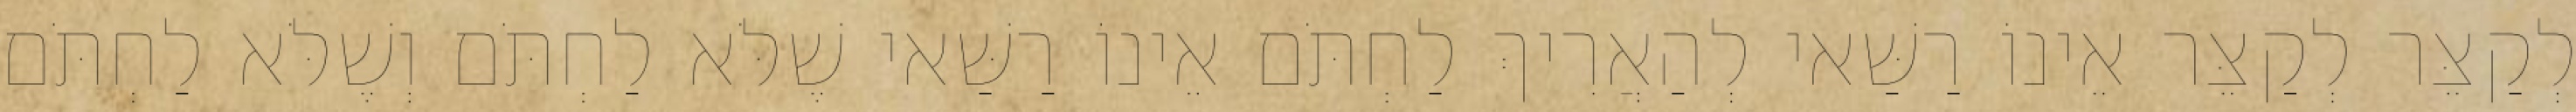
לְקַצֵּר לְקַצֵּר אֵינוֹ רַשַּׁאי לְהַאֲרִיךְ לַחְתֹּם אֵינוֹ רַשַּׁאי שֶׁלֹּא לַחְתֹּם וְשֶׁלֹּא לַחְתֹּם